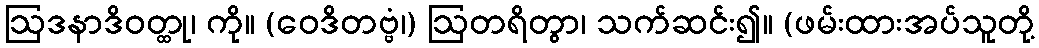
ဩဒနာဒိဝတ္ထု၊ ကို။ (ဝေဒိတဗ္ဗံ၊) ဩတရိတွာ၊ သက်ဆင်း၍။ (ဖမ်းထားအပ်သူတို့